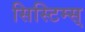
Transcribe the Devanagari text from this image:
सिस्टिम्स्